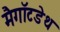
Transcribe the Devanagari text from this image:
मैगॉटडेथ